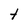
Character: t